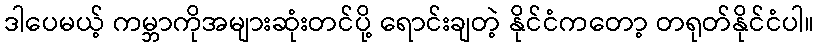
ဒါပေမယ့် ကမ္ဘာကိုအများဆုံးတင်ပို့ ရောင်းချတဲ့ နိုင်ငံကတော့ တရုတ်နိုင်ငံပါ။